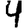
Digit: 4